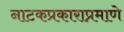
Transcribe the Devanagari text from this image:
नाटकप्रकाराप्रमाणे